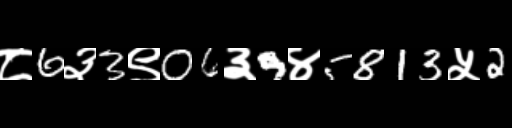
Text: ८6३3९06३9४5813५2